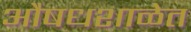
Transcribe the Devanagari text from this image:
औषधशाळेत